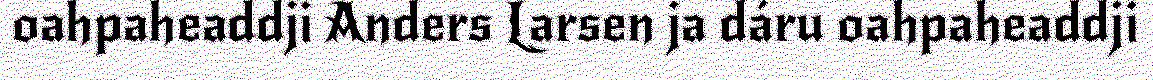
oahpaheaddji Anders Larsen ja dáru oahpaheaddji